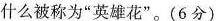
什么被称为”英雄花”。(6分)